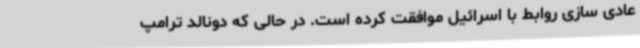
عادی سازی روابط با اسرائیل موافقت کرده است. در حالی که دونالد ترامپ